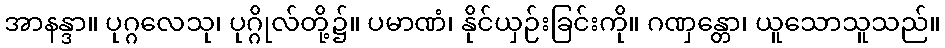
အာနန္ဒာ။ ပုဂ္ဂလေသု၊ ပုဂ္ဂိုလ်တို့၌။ ပမာဏံ၊ နိုင်ယှဉ်းခြင်းကို။ ဂဏှန္တော၊ ယူသောသူသည်။